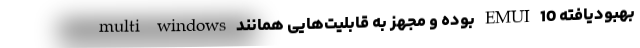
بهبودیافته EMUI 10 بوده و مجهز به قابلیت‌هایی همانند multi windows